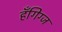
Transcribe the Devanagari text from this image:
हँगिग्ज